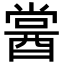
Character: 𨡔